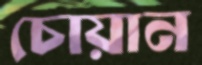
চোয়ান